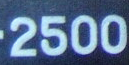
2500